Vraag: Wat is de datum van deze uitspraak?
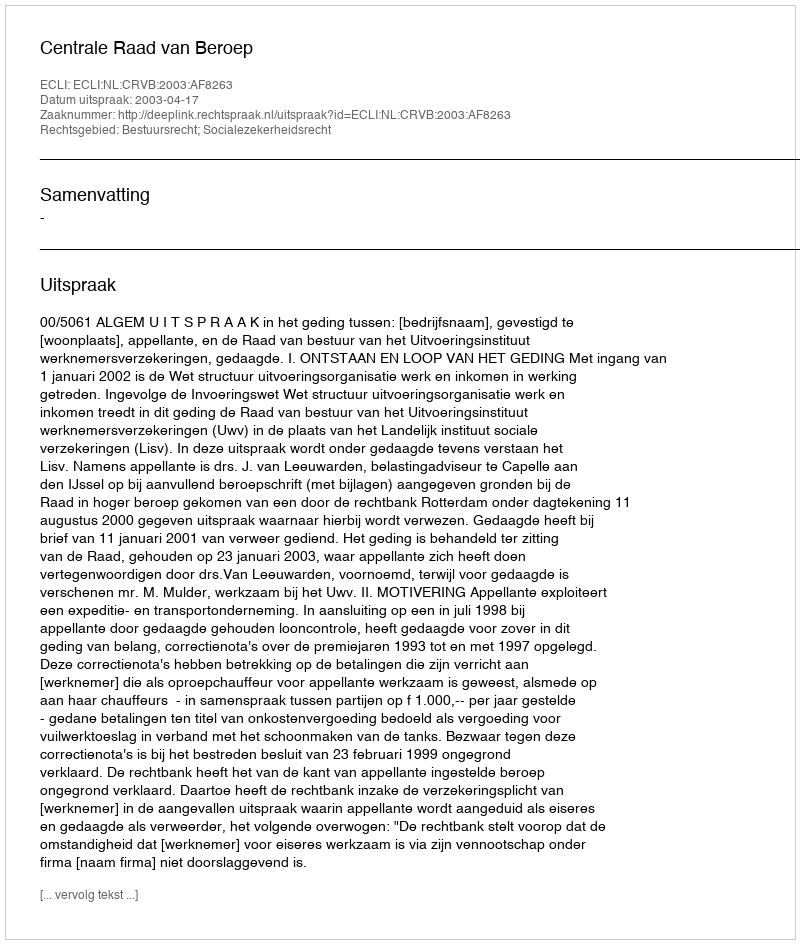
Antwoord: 2003-04-17